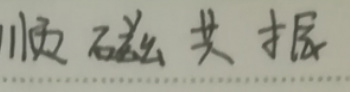
顺磁共振